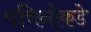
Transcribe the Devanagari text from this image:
पचिनोकडे